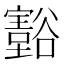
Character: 𲂜